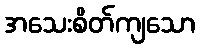
အသေးစိတ်ကျသော